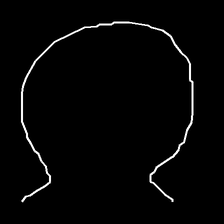
Glyph: weave